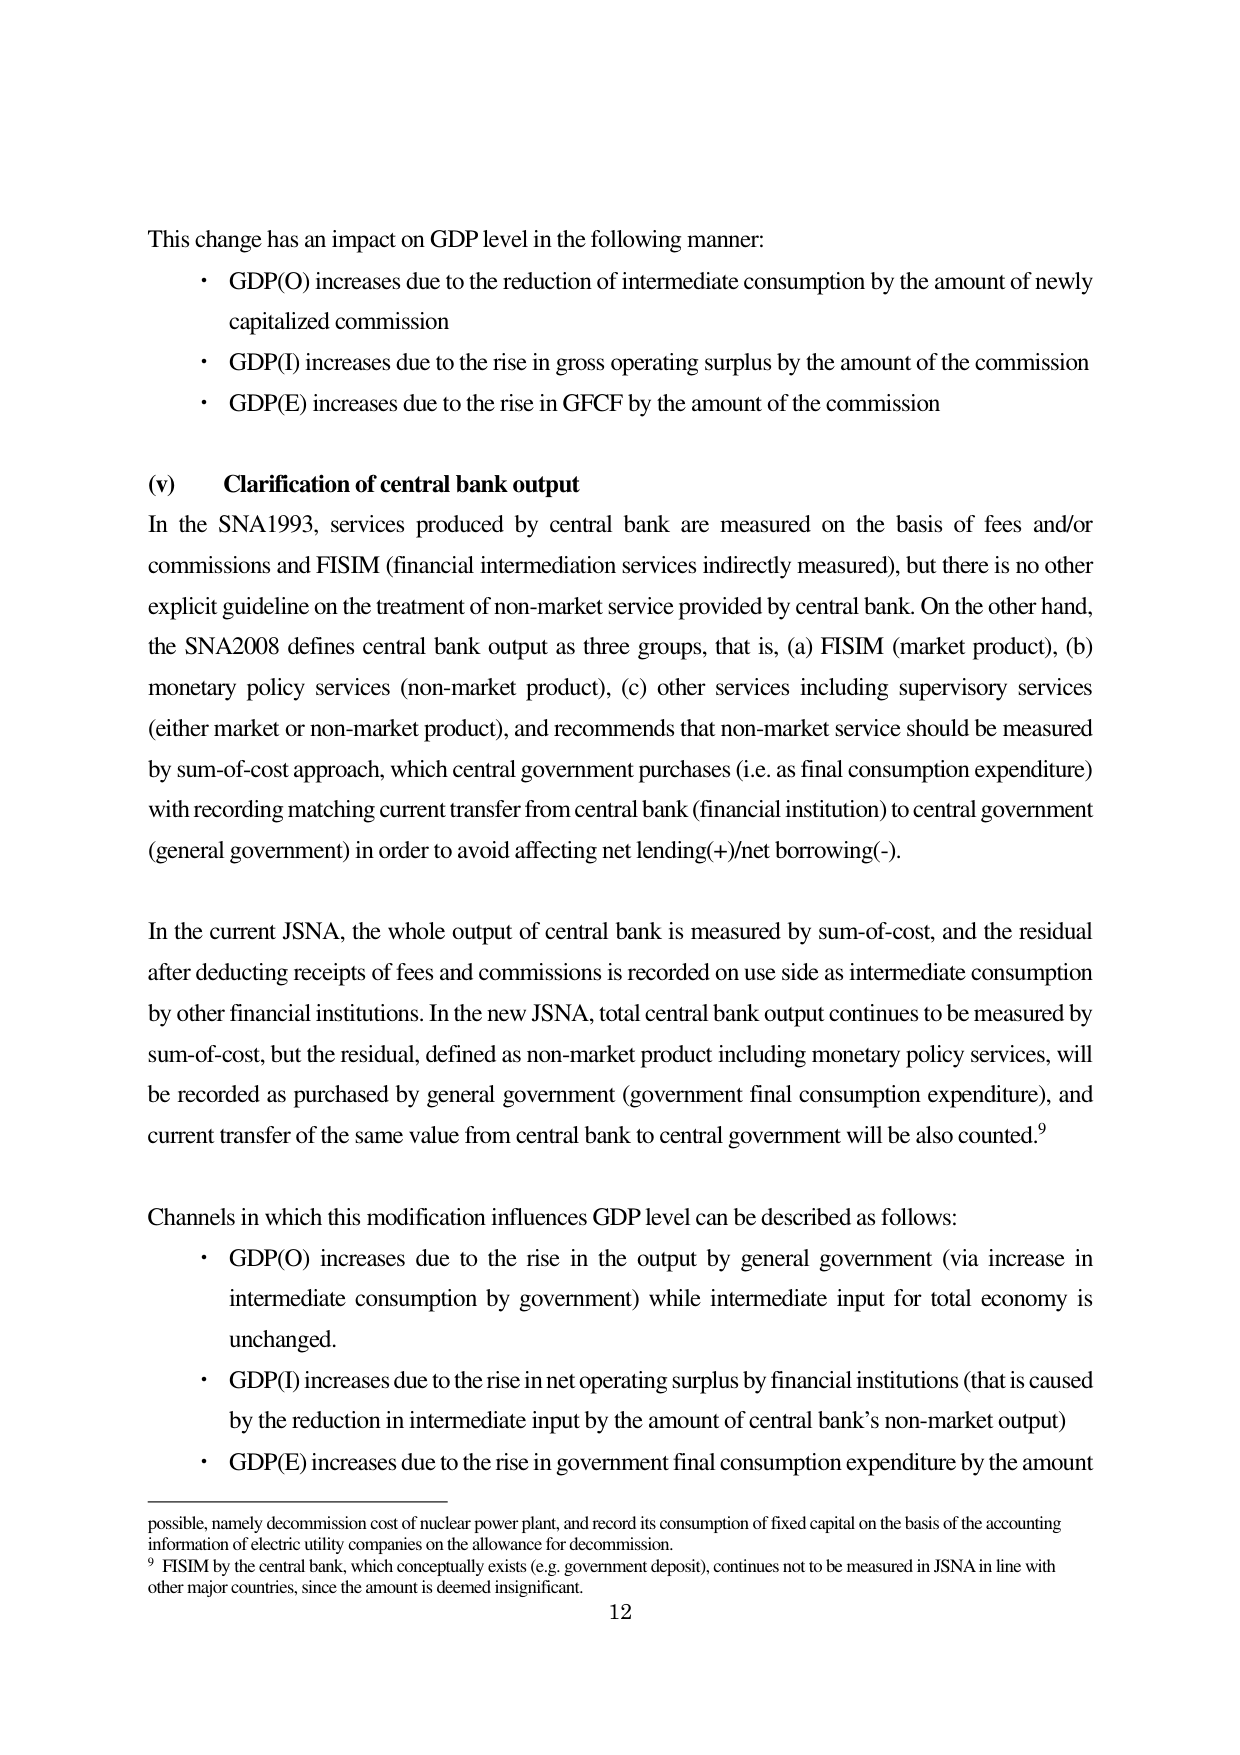
This change has an impact on GDP level in the following manner:
• GDP(O) increases due to the reduction of intermediate consumption by the amount of newly capitalized commission
• GDP(I) increases due to the rise in gross operating surplus by the amount of the commission
• GDP(E) increases due to the rise in GFCF by the amount of the commission

(v) Clarification of central bank output
In the SNA1993, services produced by central bank are measured on the basis of fees and/or commissions and FISIM (financial intermediation services indirectly measured), but there is no other explicit guideline on the treatment of non-market service provided by central bank. On the other hand, the SNA2008 defines central bank output as three groups, that is, (a) FISIM (market product), (b) monetary policy services (non-market product), (c) other services including supervisory services (either market or non-market product), and recommends that non-market service should be measured by sum-of-cost approach, which central government purchases (i.e. as final consumption expenditure) with recording matching current transfer from central bank (financial institution) to central government (general government) in order to avoid affecting net lending(+)/net borrowing(-).

In the current JSNA, the whole output of central bank is measured by sum-of-cost, and the residual after deducting receipts of fees and commissions is recorded on use side as intermediate consumption by other financial institutions. In the new JSNA, total central bank output continues to be measured by sum-of-cost, but the residual, defined as non-market product including monetary policy services, will be recorded as purchased by general government (government final consumption expenditure), and current transfer of the same value from central bank to central government will be also counted.⁹

Channels in which this modification influences GDP level can be described as follows:
• GDP(O) increases due to the rise in the output by general government (via increase in intermediate consumption by government) while intermediate input for total economy is unchanged.
• GDP(I) increases due to the rise in net operating surplus by financial institutions (that is caused by the reduction in intermediate input by the amount of central bank’s non-market output)
• GDP(E) increases due to the rise in government final consumption expenditure by the amount

possible, namely decommission cost of nuclear power plant, and record its consumption of fixed capital on the basis of the accounting information of electric utility companies on the allowance for decommission.
⁹ FISIM by the central bank, which conceptually exists (e.g. government deposit), continues not to be measured in JSNA in line with other major countries, since the amount is deemed insignificant.
12